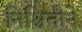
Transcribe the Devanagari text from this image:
निश्चितीने